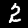
Digit: 2